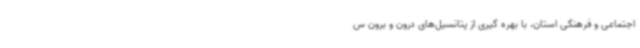
اجتماعی و فرهنگی استان، با بهره گیری از پتانسیل‌های درون و برون س